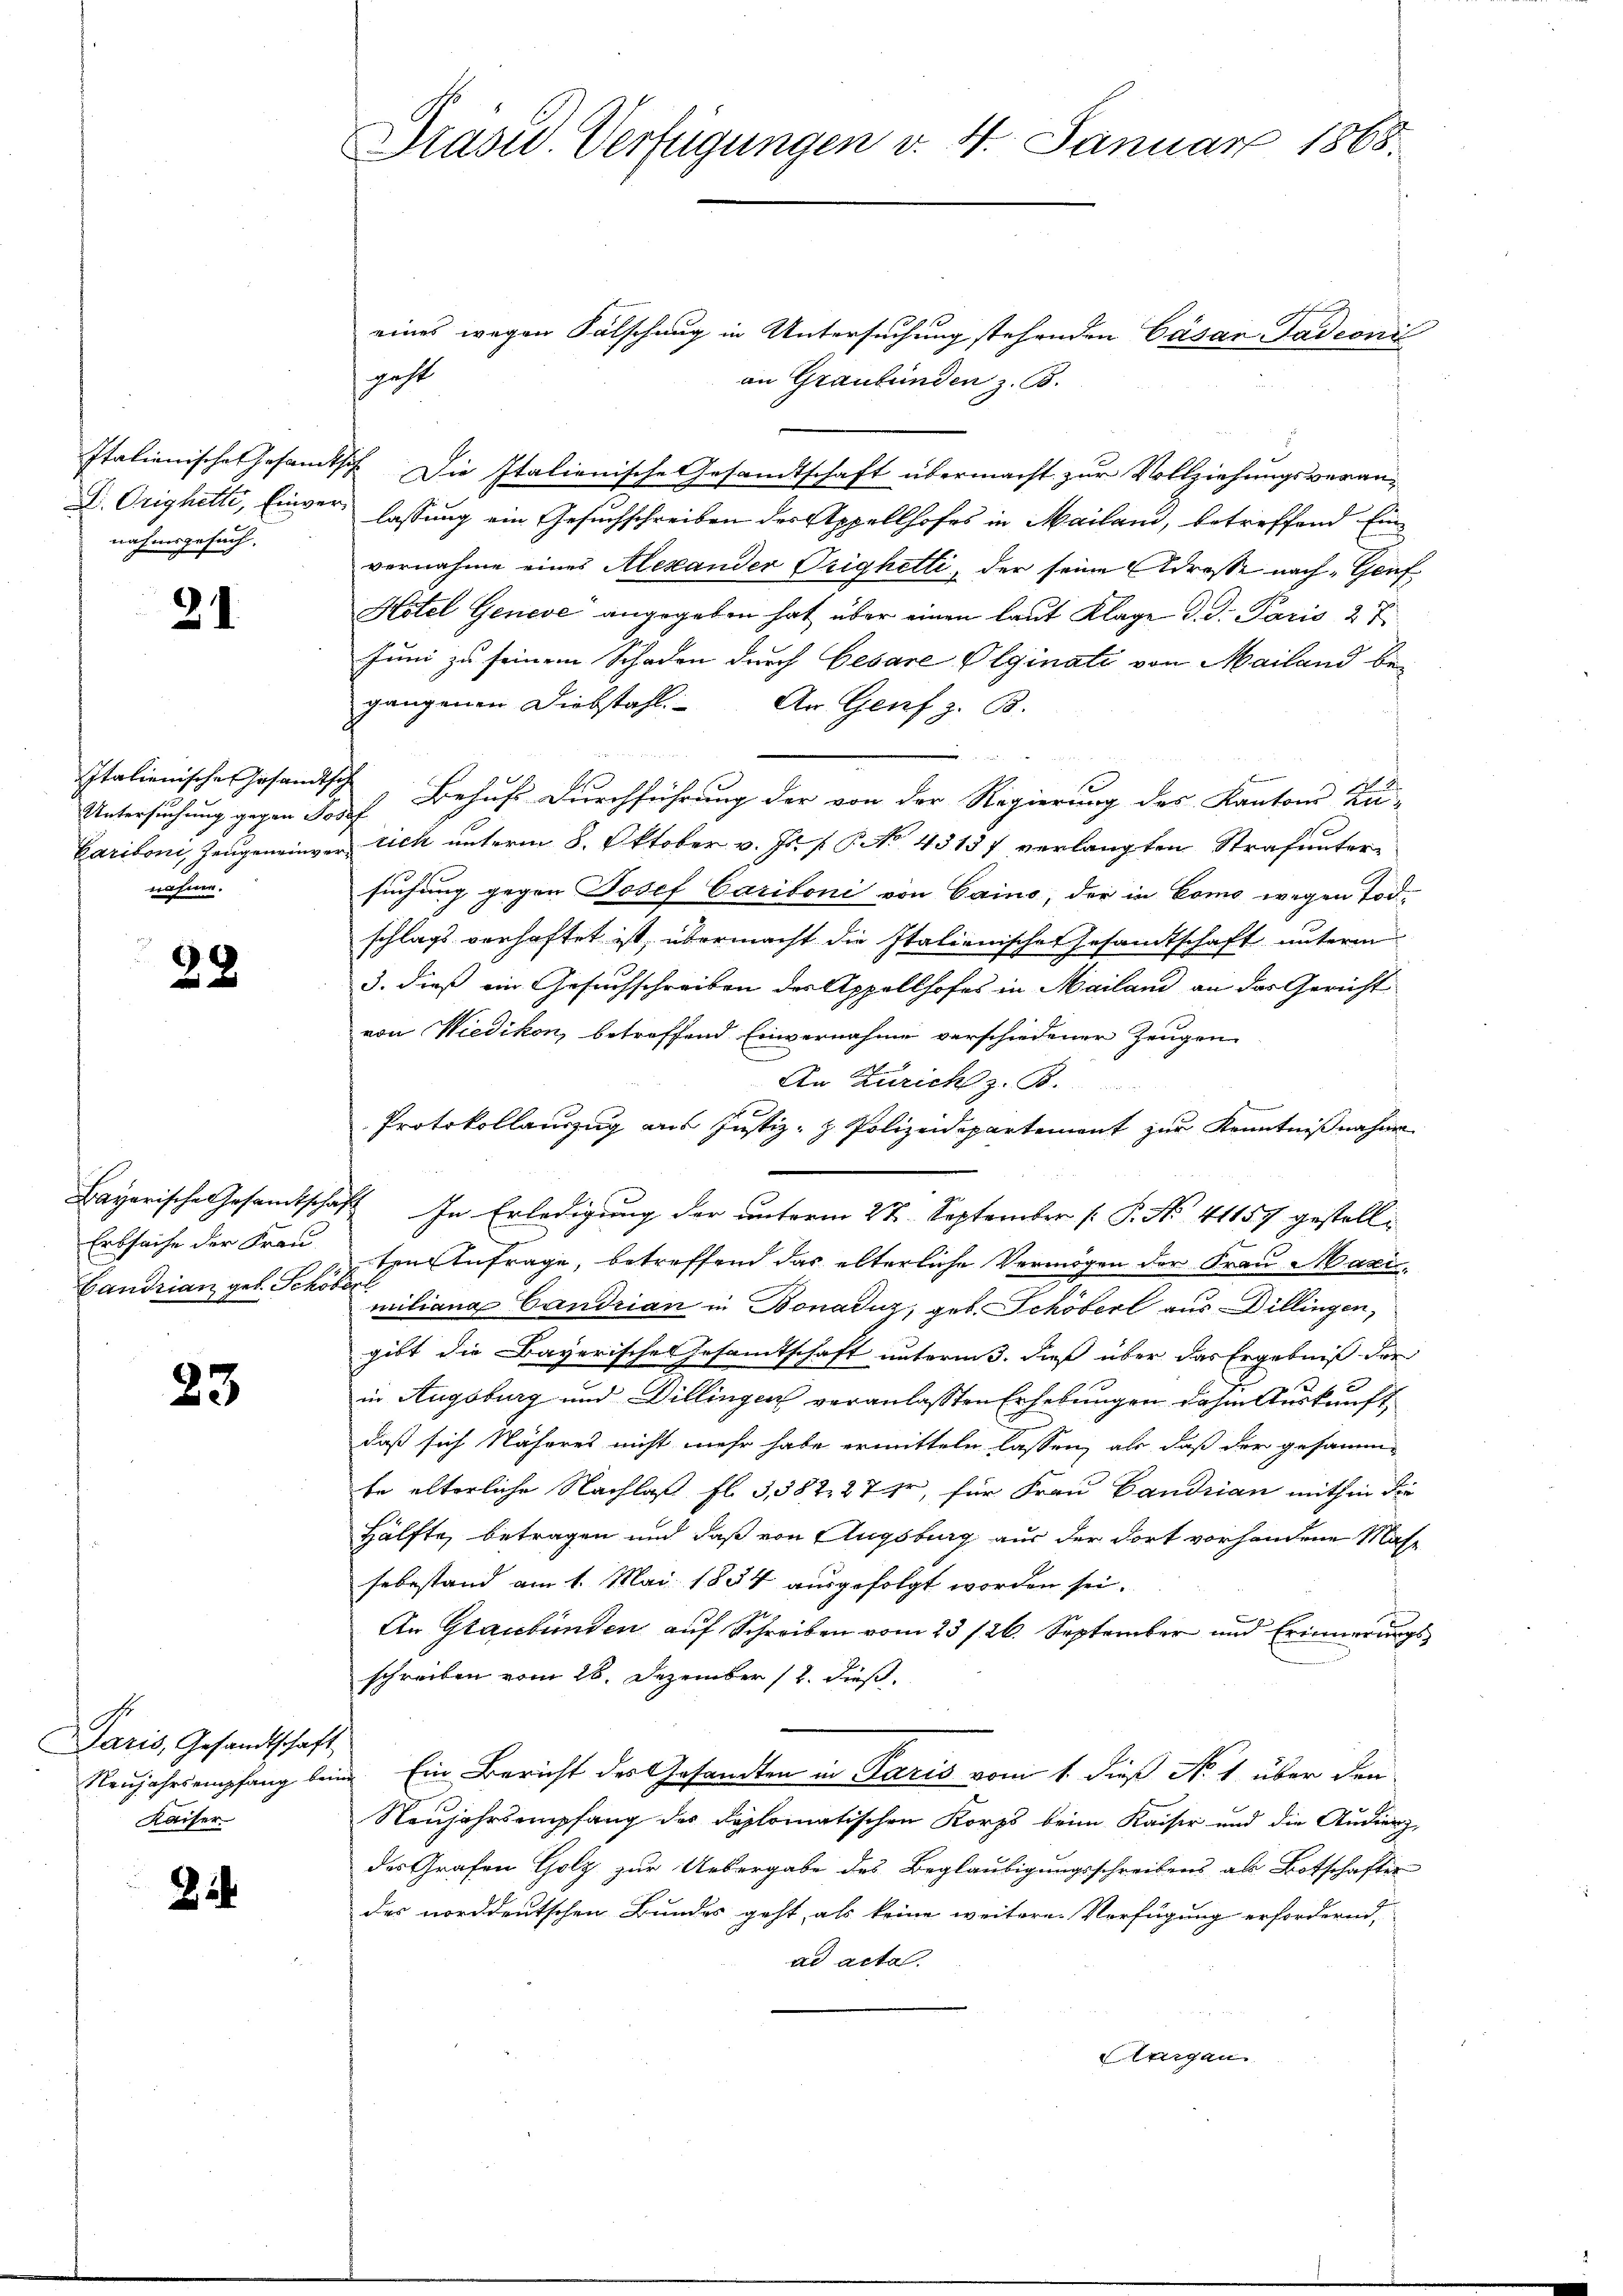
Italienisches Gesandtsc
D. Orighette, Einver-
nahmsgesuch.

21

Italienische Gesandtsch
Untersuchung gegen Jose
Caritoni, Zeugen einvernahme.

28

Bayerische Gesandtscha¬
Erbsache der Frau.
Landrian geb. Schöbe

23

Paris, Gesandtschaft
Neujahrsempfang beim
Kaiser

2

Präsid. Verfügungen v. 4. Januar 1868

eines wegen Fälschung in Untersuchung stehenden Cäsar Tadeonil
geht
an Graubünden z. B.
Die Italienische Gesamtschaft übermacht zur Vollziehungsveran-
lassung ein Gesuchschreiben der Appellhofes in Mailand, betreffend Einvernahme eines Alexander Orighetti, der seine Adresse nach Genf
Hotel Geneve angegeben hat über einen laut Klage d. d. Paris 27
Juni zu seinem Schaden durch Cesare Olginati von Mailand begangenen Diebstahl. An Genf z. B.

 Behufs Durchführung der von der Regierung des Kantons Zu-
t
rich unterm 8. Oktober v. Js. f. P. No. 45187 verlangten Strafuntersuchung gegen Josef Caritoni von Caino, der in Como wegen Tod.
schlags verhaftet ist, übermacht die Italienischen Gesandtschaft unterm
3. dieß ein Gesuchschreiben der Appellhofes in Mailand an das Gericht
von Wiedikon, betreffend Einvernahme verschiedener Zeugen
An Zürich z. B.
Protokollauszug aus Justiz- & Polizeidepartement zur Kenntnißnahme
In Erledigung der unterm 22. September (: P. Nr. 41157 gestell
EInfrage, betreffend das elterliche Vermögen der Frau Maximiliana Candrian in Bonaduz, geb. Schöberl aus Dillingen,
gibt die Bayerische Gesamtschaft unterm 3. dieß über das Ergebniß der
in Augsburg und Dillingen veranlassten Erhebungen dahin Auskunft
daß sich Näheres nicht mehr habe ermitteln lassen, als daß der gesamm-
te alterliche Nachlaß fl. 3,582. 274, für Frau Candrian mithin die
Hälfte, betragen und daß von Augsburg aus der dort vorhandene Massebestand am 1. Mai 1854 ausgefolgt worden sei.
An Graubünden auf Schreiben vom 23./26. September und Erinnerungs
schreiben vom 26. Dezember 12. dieß.
Ein Bericht der Gesandten in Paris vom 1. dieß No. 1. über den
Neujahrsempfang des diplomatischen Korps beim Kaiser und die Audierz,
des Grafen Golz zur Uebergabe des Beglaubigungsschreibens als Botschafter
des norddeutschen Bundes geht, als keine weitere Verfügung erfordernd,
ad acta.
leigen